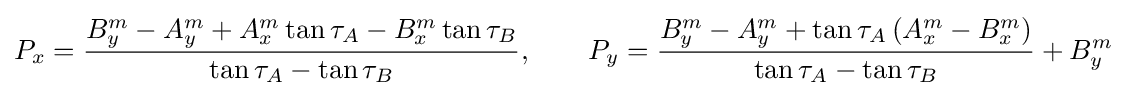
P_{x}={\frac {B_{y}^{m}-A_{y}^{m}+A_{x}^{m}\tan \tau _{A}-B_{x}^{m}\tan \tau _{B}}{\tan \tau _{A}-\tan \tau _{B}}},\qquad P_{y}={\frac {B_{y}^{m}-A_{y}^{m}+\tan \tau _{A}\left(A_{x}^{m}-B_{x}^{m}\right)}{\tan \tau _{A}-\tan \tau _{B}}}+B_{y}^{m}